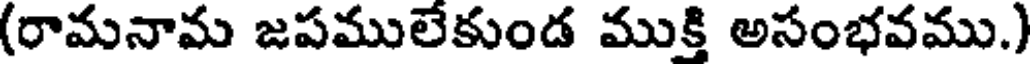
(రామనామ జపములేకుండ ముక్తి అసంభవము.)